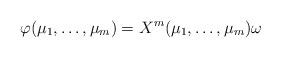
LaTeX: \begin{align*}\varphi (\mu_1 , \ldots , \mu_m ) = X^m (\mu_1 , \ldots , \mu_m ) \omega\end{align*}